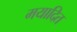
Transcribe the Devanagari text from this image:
मयादित